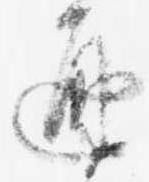
通